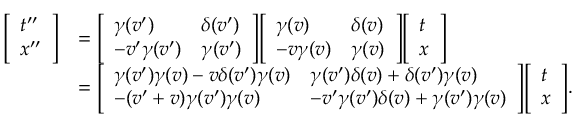
{ \begin{array} { r l } { { \left[ \begin{array} { l } { t ^ { \prime \prime } } \\ { x ^ { \prime \prime } } \end{array} \right] } } & { = { \left[ \begin{array} { l l } { \gamma ( v ^ { \prime } ) } & { \delta ( v ^ { \prime } ) } \\ { - v ^ { \prime } \gamma ( v ^ { \prime } ) } & { \gamma ( v ^ { \prime } ) } \end{array} \right] } { \left[ \begin{array} { l l } { \gamma ( v ) } & { \delta ( v ) } \\ { - v \gamma ( v ) } & { \gamma ( v ) } \end{array} \right] } { \left[ \begin{array} { l } { t } \\ { x } \end{array} \right] } } \\ & { = { \left[ \begin{array} { l l } { \gamma ( v ^ { \prime } ) \gamma ( v ) - v \delta ( v ^ { \prime } ) \gamma ( v ) } & { \gamma ( v ^ { \prime } ) \delta ( v ) + \delta ( v ^ { \prime } ) \gamma ( v ) } \\ { - ( v ^ { \prime } + v ) \gamma ( v ^ { \prime } ) \gamma ( v ) } & { - v ^ { \prime } \gamma ( v ^ { \prime } ) \delta ( v ) + \gamma ( v ^ { \prime } ) \gamma ( v ) } \end{array} \right] } { \left[ \begin{array} { l } { t } \\ { x } \end{array} \right] } . } \end{array} }